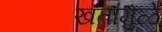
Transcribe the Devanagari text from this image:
खतांमुळे